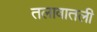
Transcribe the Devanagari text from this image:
तलावातली